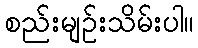
စည်းမျဥ်းသိမ်းပါ။